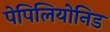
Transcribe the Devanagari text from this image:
पेपिलियोनिड